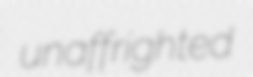
unaffrighted